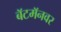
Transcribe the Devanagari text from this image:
बॅटमॅनवर